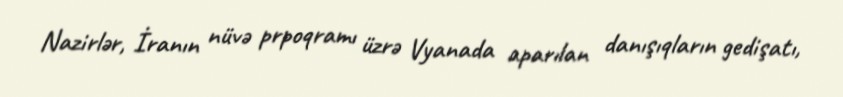
Nazirlər, İranın nüvə prpoqramı üzrə Vyanada aparılan danışıqların gedişatı,